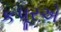
કપૂરએ